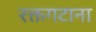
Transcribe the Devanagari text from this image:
रक्तगटाना